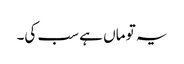
یہ تو ماں ہے سب کی۔